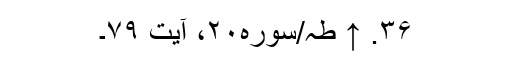
۳۶. ↑ طہ/سوره۲۰، آیت ۷۹۔